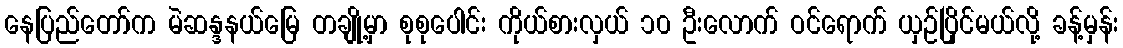
နေပြည်တော်က မဲဆန္ဒနယ်မြေ တချို့မှာ စုစုပေါင်း ကိုယ်စားလှယ် ၁၀ ဦးလောက် ဝင်ရောက် ယှဉ်ပြိုင်မယ်လို့ ခန့်မှန်း